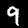
Digit: 9